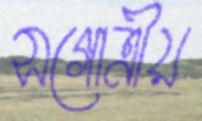
সগোত্রীয়